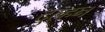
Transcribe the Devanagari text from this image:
दुल्‍हन